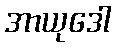
အာယုဒေါ